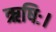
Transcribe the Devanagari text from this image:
ऋषिः।